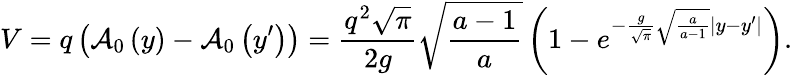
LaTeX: V=q\left({{\cal A}_{0}\left(y\right)-{\cal A}_{0}\left({y^{\prime}}\right)}\right)=\frac{{q^{2}\sqrt\pi}}{{2g}}\sqrt{\frac{a-1}{{a}}}\left({1-e^{-\frac{g}{{\sqrt\pi}}\sqrt{\frac{a}{{a-1}}}|y-y^{\prime}|}}\right).